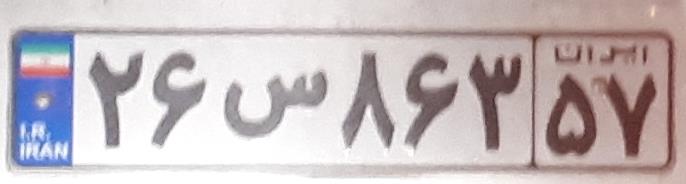
۲۶س۸۶۳۵۷